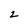
Character: z